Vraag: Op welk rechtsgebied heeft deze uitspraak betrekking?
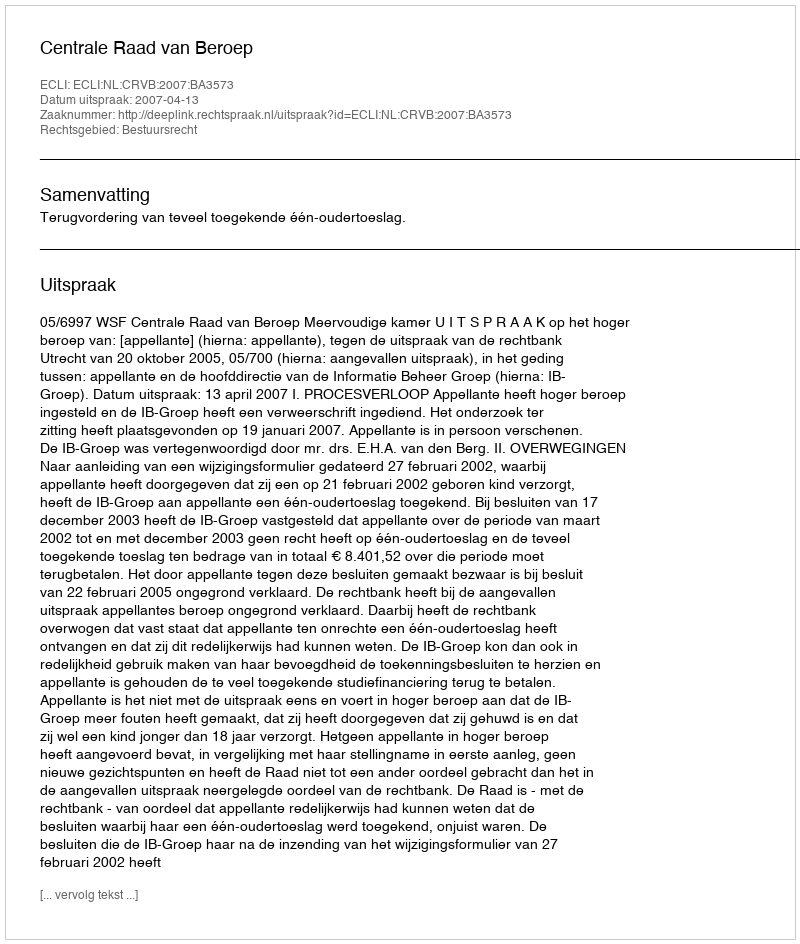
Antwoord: Bestuursrecht